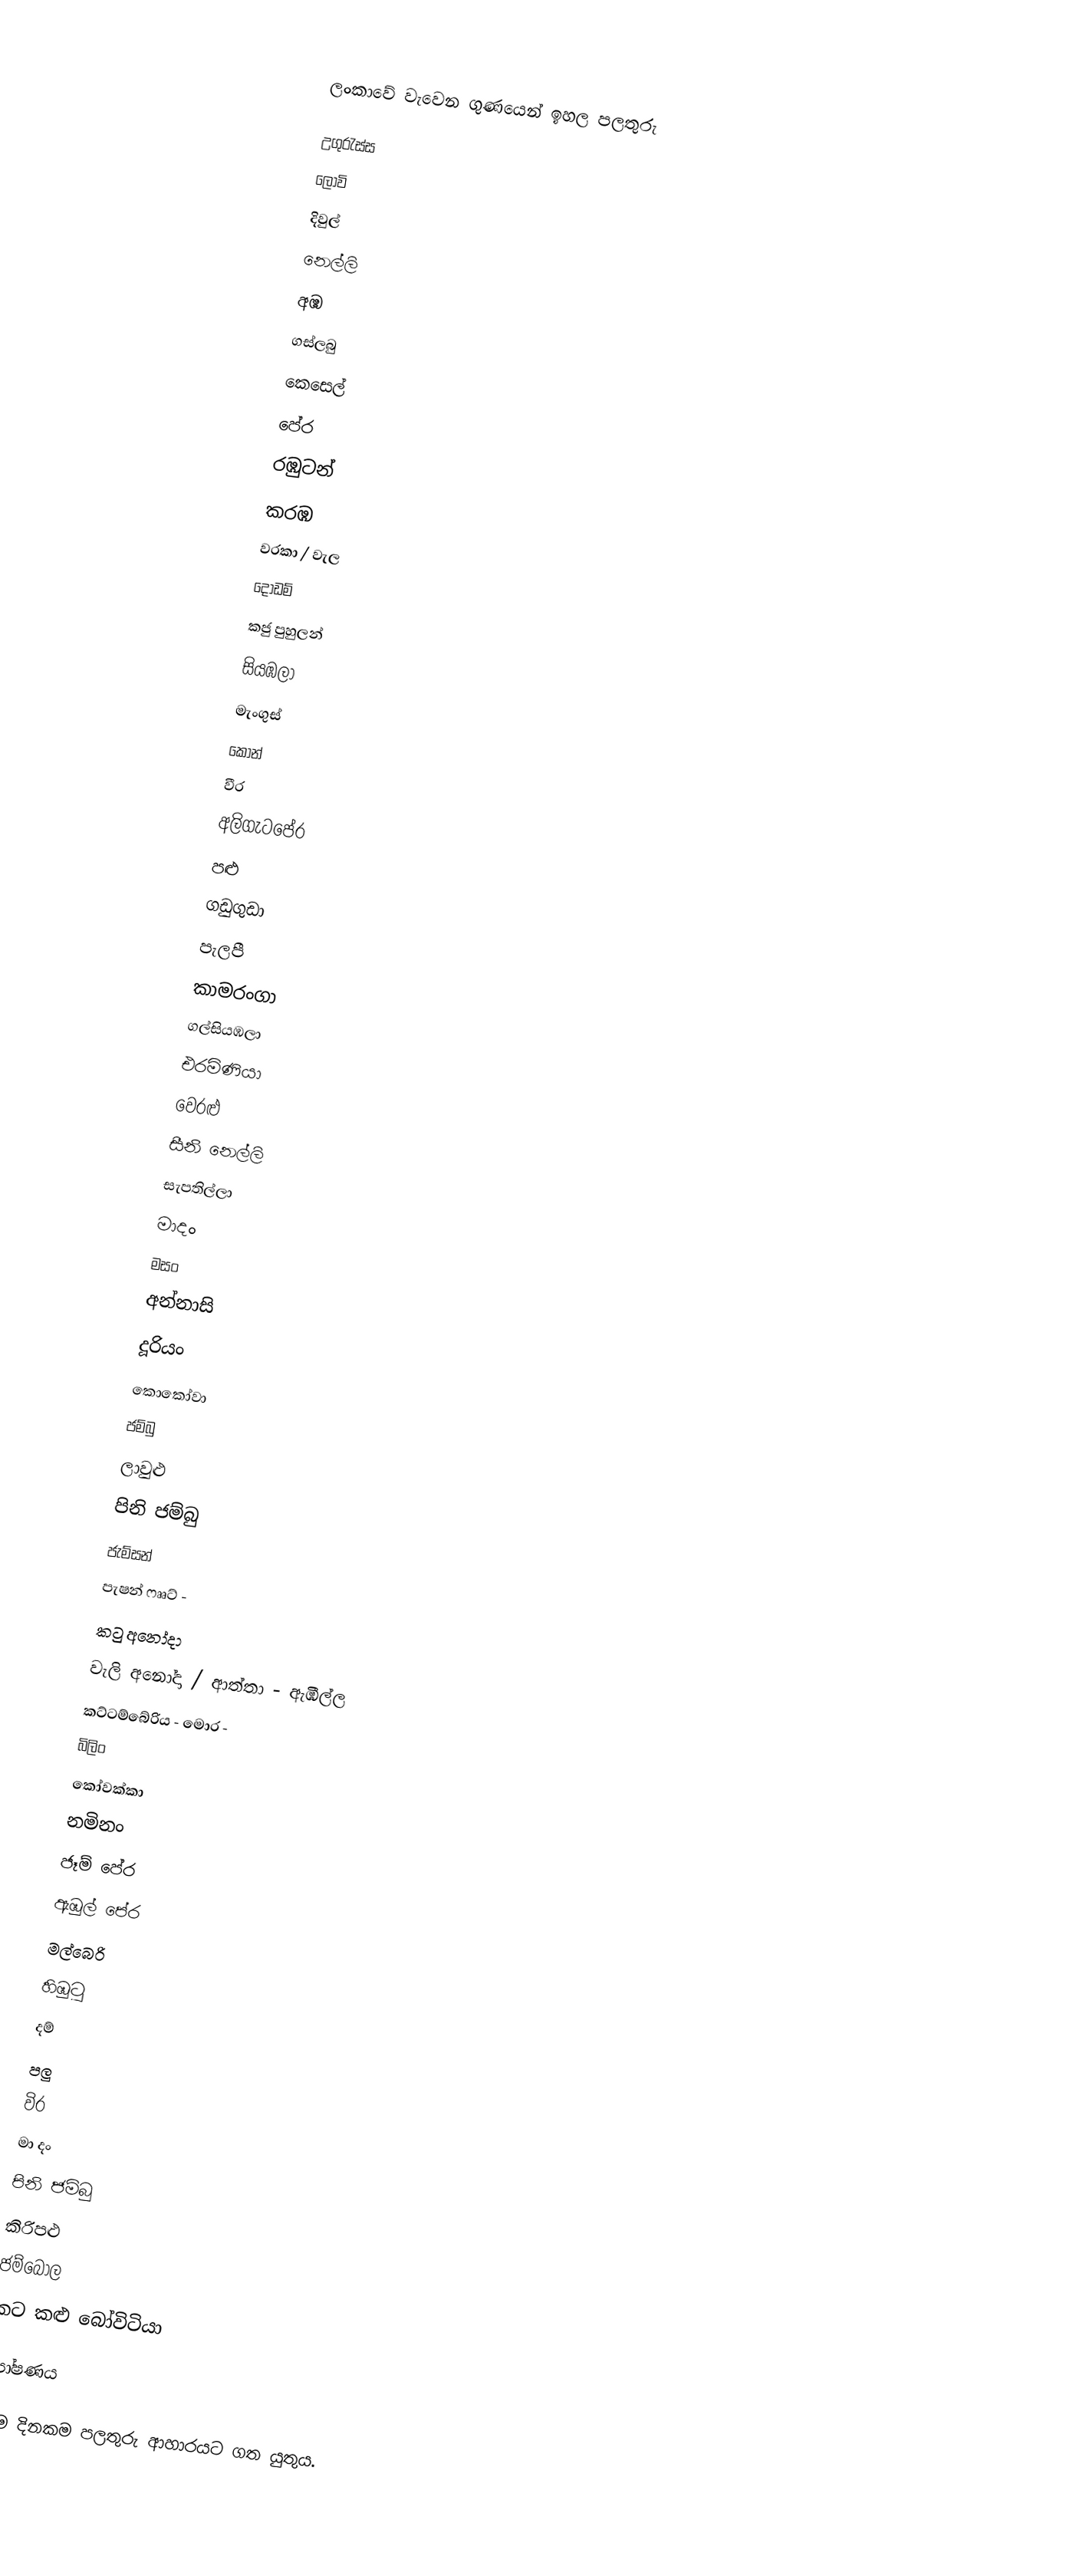

ලංකාවේ වැවෙන  ගුණයෙන් ඉහල පලතුරු

 උගුරැස්ස
 ලොවි
 දිවුල්
 නෙල්ලි
 අඹ
 ගස්ලබු
 කෙසෙල්
 පේර
  රඹුටන්
 කරඹ
 වරකා / වැල
 දොඩම්
 කජු පුහුලන්
 සියඹලා
 මැංගුස්
 කෝන්
 වීර
 අලිගැටපේර
 පළු
 ගඩුගුඩා
 පැලපී
 කාමරංගා
 ගල්සියඹලා
 එරමිණියා
 වෙරළු
 සීනි නෙල්ලි
 සැපතිල්ලා
 මාදං
 මසං
 අන්නාසි
 දූරියං
 කොකෝවා
 ජම්බු
 ලාවුළු
 පිනි ජම්බු
 ජැම්සන්
 පැෂන් ෆෲට්	-
 කටු අනෝදා
 වැලි අනෝදා / ආත්තා	- ඇඹිල්ල
 කට්ටම්බේරිය - මොර -
 බිලිං
 කෝවක්කා
 නමිනං
 ජෑම් පේර
 ඇඹුල් පේර
 මල්බෙරි
 හිඹුටු
 දම්
 පලු
 විර
 මා දං
 පිනි ජම්බු
 කිරිපළු
 ජම්බෝල
 කට කළු බෝවිටියා

පෝෂණය

සෑම දිනකම පලතුරු ආහාරයට ගත යුතුය.